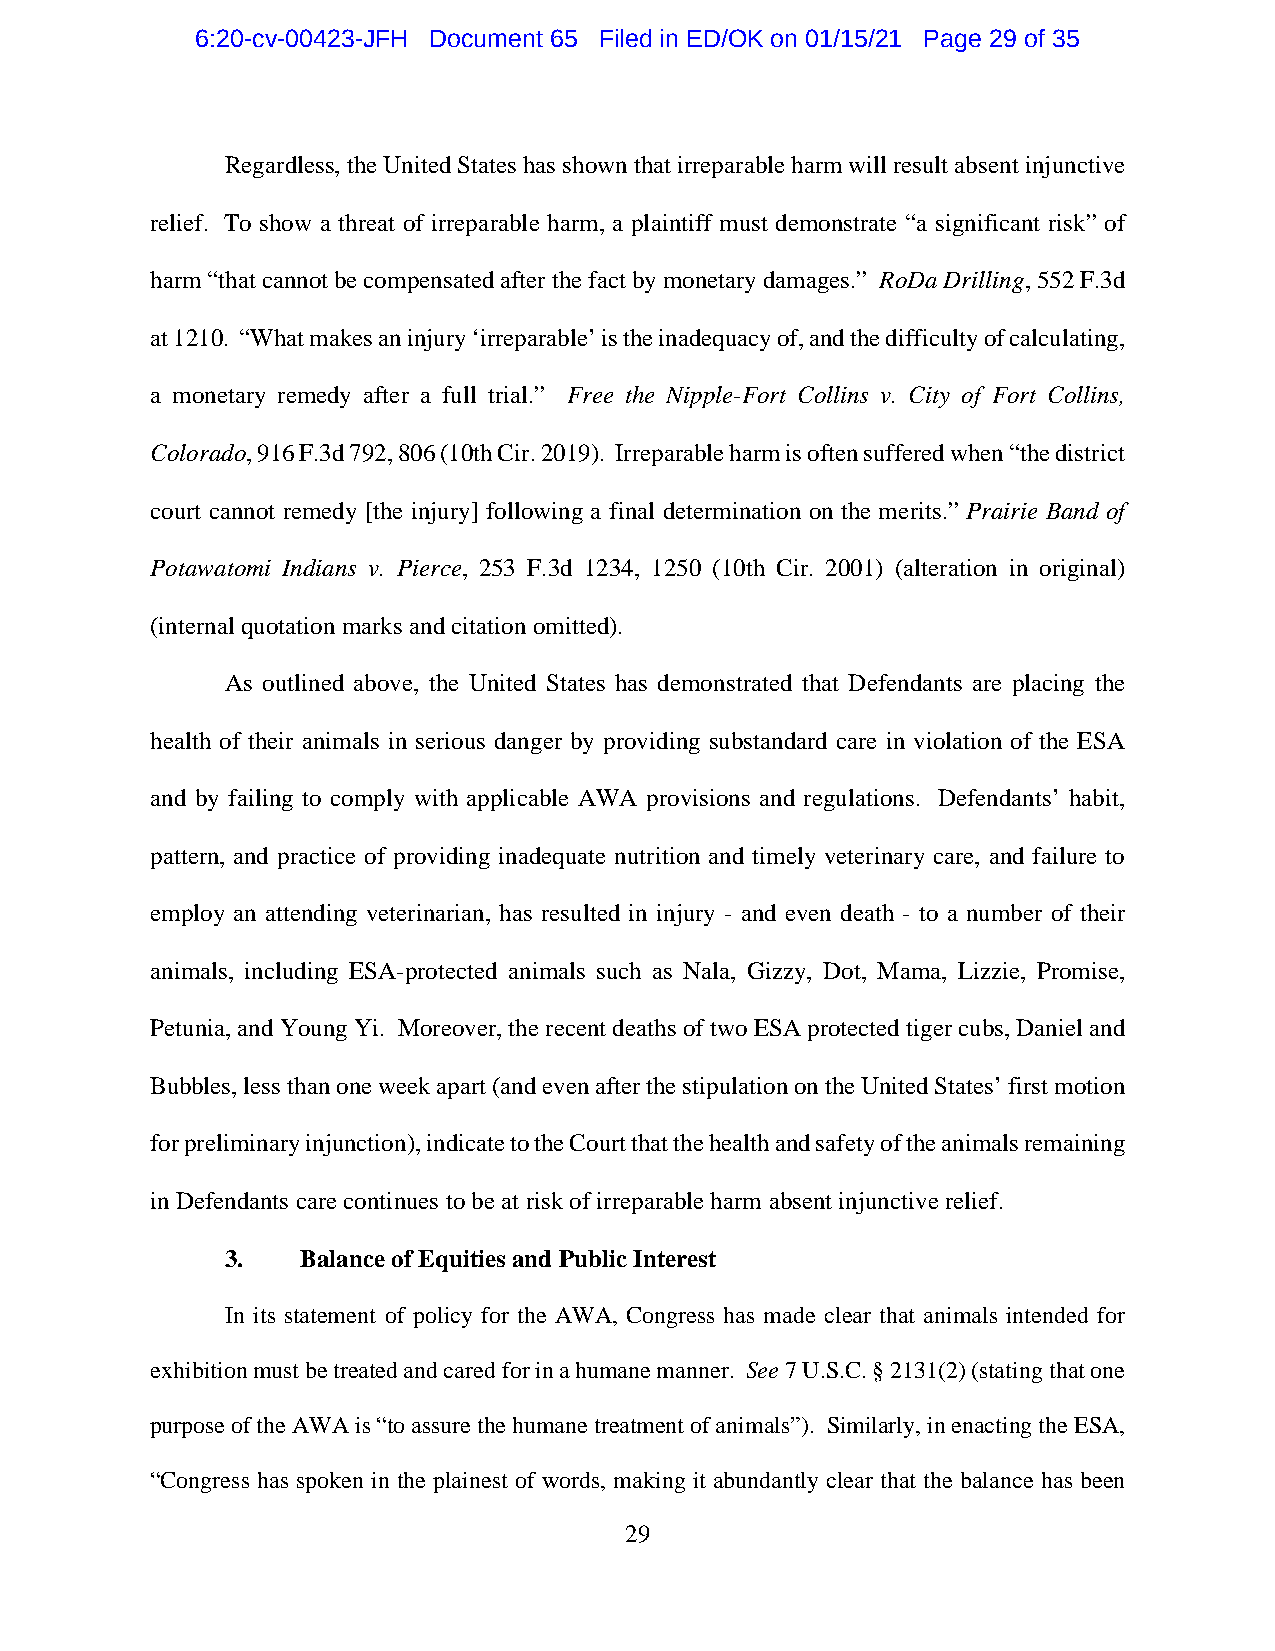
6:20-cv-00423-JFH Document 65 Filed in ED/OK on 01/15/21 Page 29 of 35
 Regardless, the United States has shown that irreparable harm will result absent injunctive
 relief. To show a threat of irreparable harm, a plaintiff must demonstrate “a significant risk” of
 harm “that cannot be compensated after the fact by monetary damages.” RoDa Drilling, 552 F.3d
 at 1210. “What makes an injury ‘irreparable’ is the inadequacy of, and the difficulty of calculating,
 a monetary remedy after a full trial.” Free the Nipple-Fort Collins v. City of Fort Collins,
 Colorado, 916 F.3d 792, 806 (10th Cir. 2019). Irreparable harm is often suffered when “the district
 court cannot remedy [the injury] following a final determination on the merits.” Prairie Band of
 Potawatomi Indians v. Pierce, 253 F.3d 1234, 1250 (10th Cir. 2001) (alteration in original)
 (internal quotation marks and citation omitted).
 As outlined above, the United States has demonstrated that Defendants are placing the
 health of their animals in serious danger by providing substandard care in violation of the ESA
 and by failing to comply with applicable AWA provisions and regulations. Defendants’ habit,
 pattern, and practice of providing inadequate nutrition and timely veterinary care, and failure to
 employ an attending veterinarian, has resulted in injury - and even death - to a number of their
 animals, including ESA-protected animals such as Nala, Gizzy, Dot, Mama, Lizzie, Promise,
 Petunia, and Young Yi. Moreover, the recent deaths of two ESA protected tiger cubs, Daniel and
 Bubbles, less than one week apart (and even after the stipulation on the United States’ first motion
 for preliminary injunction), indicate to the Court that the health and safety of the animals remaining
 in Defendants care continues to be at risk of irreparable harm absent injunctive relief.
 3.   Balance of Equities and Public Interest
 In its statement of policy for the AWA, Congress has made clear that animals intended for
 exhibition must be treated and cared for in a humane manner. See 7 U.S.C. § 2131(2) (stating that one
 purpose of the AWA is “to assure the humane treatment of animals”). Similarly, in enacting the ESA,
 “Congress has spoken in the plainest of words, making it abundantly clear that the balance has been
 29